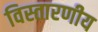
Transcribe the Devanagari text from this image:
विस्तारणीय